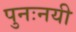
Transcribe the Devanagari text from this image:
पुनःनयी